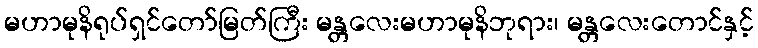
မဟာမုနိရုပ်ရှင်တော်မြတ်ကြီး မန္တလေးမဟာမုနိဘုရား၊ မန္တလေးတောင်နှင့်